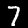
Digit: 7